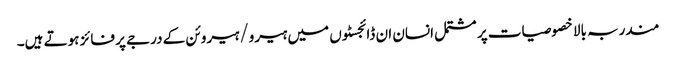
مندربہ بالا خصوصیات پر مشتمل انسان ان ڈائجسٹوں میں ہیرو/ہیروئن کے درجے پر فائز ہوتے ہیں۔